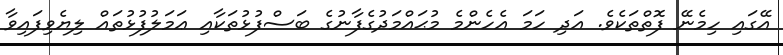
އޭގައި ހިމެނޭ ފޮތްތަކެވެ. އަދި ހަމަ އެހެންމެ މުޙައްމަދުގެފާނުގެ ބަސްފުޅުތަކާއި ޢަމަލުފުޅުތައް ލިޔެވިފައިވާ